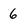
Character: 6